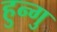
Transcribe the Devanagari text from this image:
हुन्गु